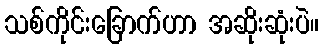
သစ်ကိုင်းခြောက်ဟာ အဆိုးဆုံးပဲ။